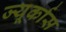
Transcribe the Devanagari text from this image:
ज्यूर्कास